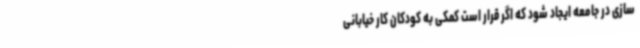
سازی در جامعه ایجاد شود که اگر قرار است کمکی به کودکان کار خیابانی